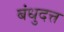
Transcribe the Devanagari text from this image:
बंधुदत्त